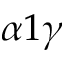
\alpha 1 \gamma